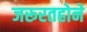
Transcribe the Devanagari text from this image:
जरूरतहोने